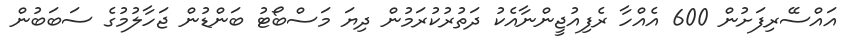
އައްސޭރިފަށުން 600 އެއްހާ ރެފިއުޖީންނާއެކު ދަތުރުކުރަމުން ދިޔަ މަސްބޯޓު ބަންޑުން ޖަހާލުމުގެ ސަބަބުން